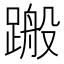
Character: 𨃟